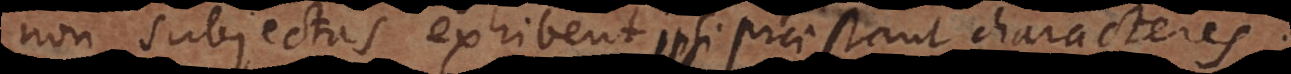
non subjectas exhibent, ipsi praestant characteres.